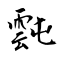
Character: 霕